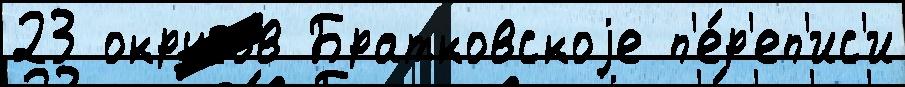
23 округо́в Братковскоjе п'е́р'еп'ис'и